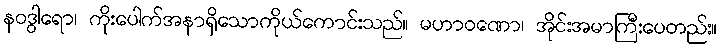
နဝဒွါရော၊ ကိုးပေါက်အနာရှိသောကိုယ်ကောင်းသည်။ မဟာဝဏော၊ အိုင်းအမာကြီးပေတည်း။